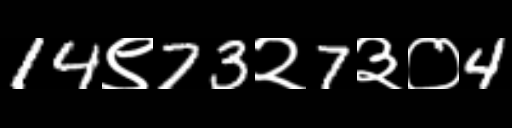
Text: 14९73२7३०4